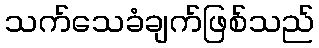
သက်သေခံချက်ဖြစ်သည်